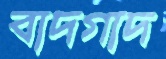
বাদগাদ